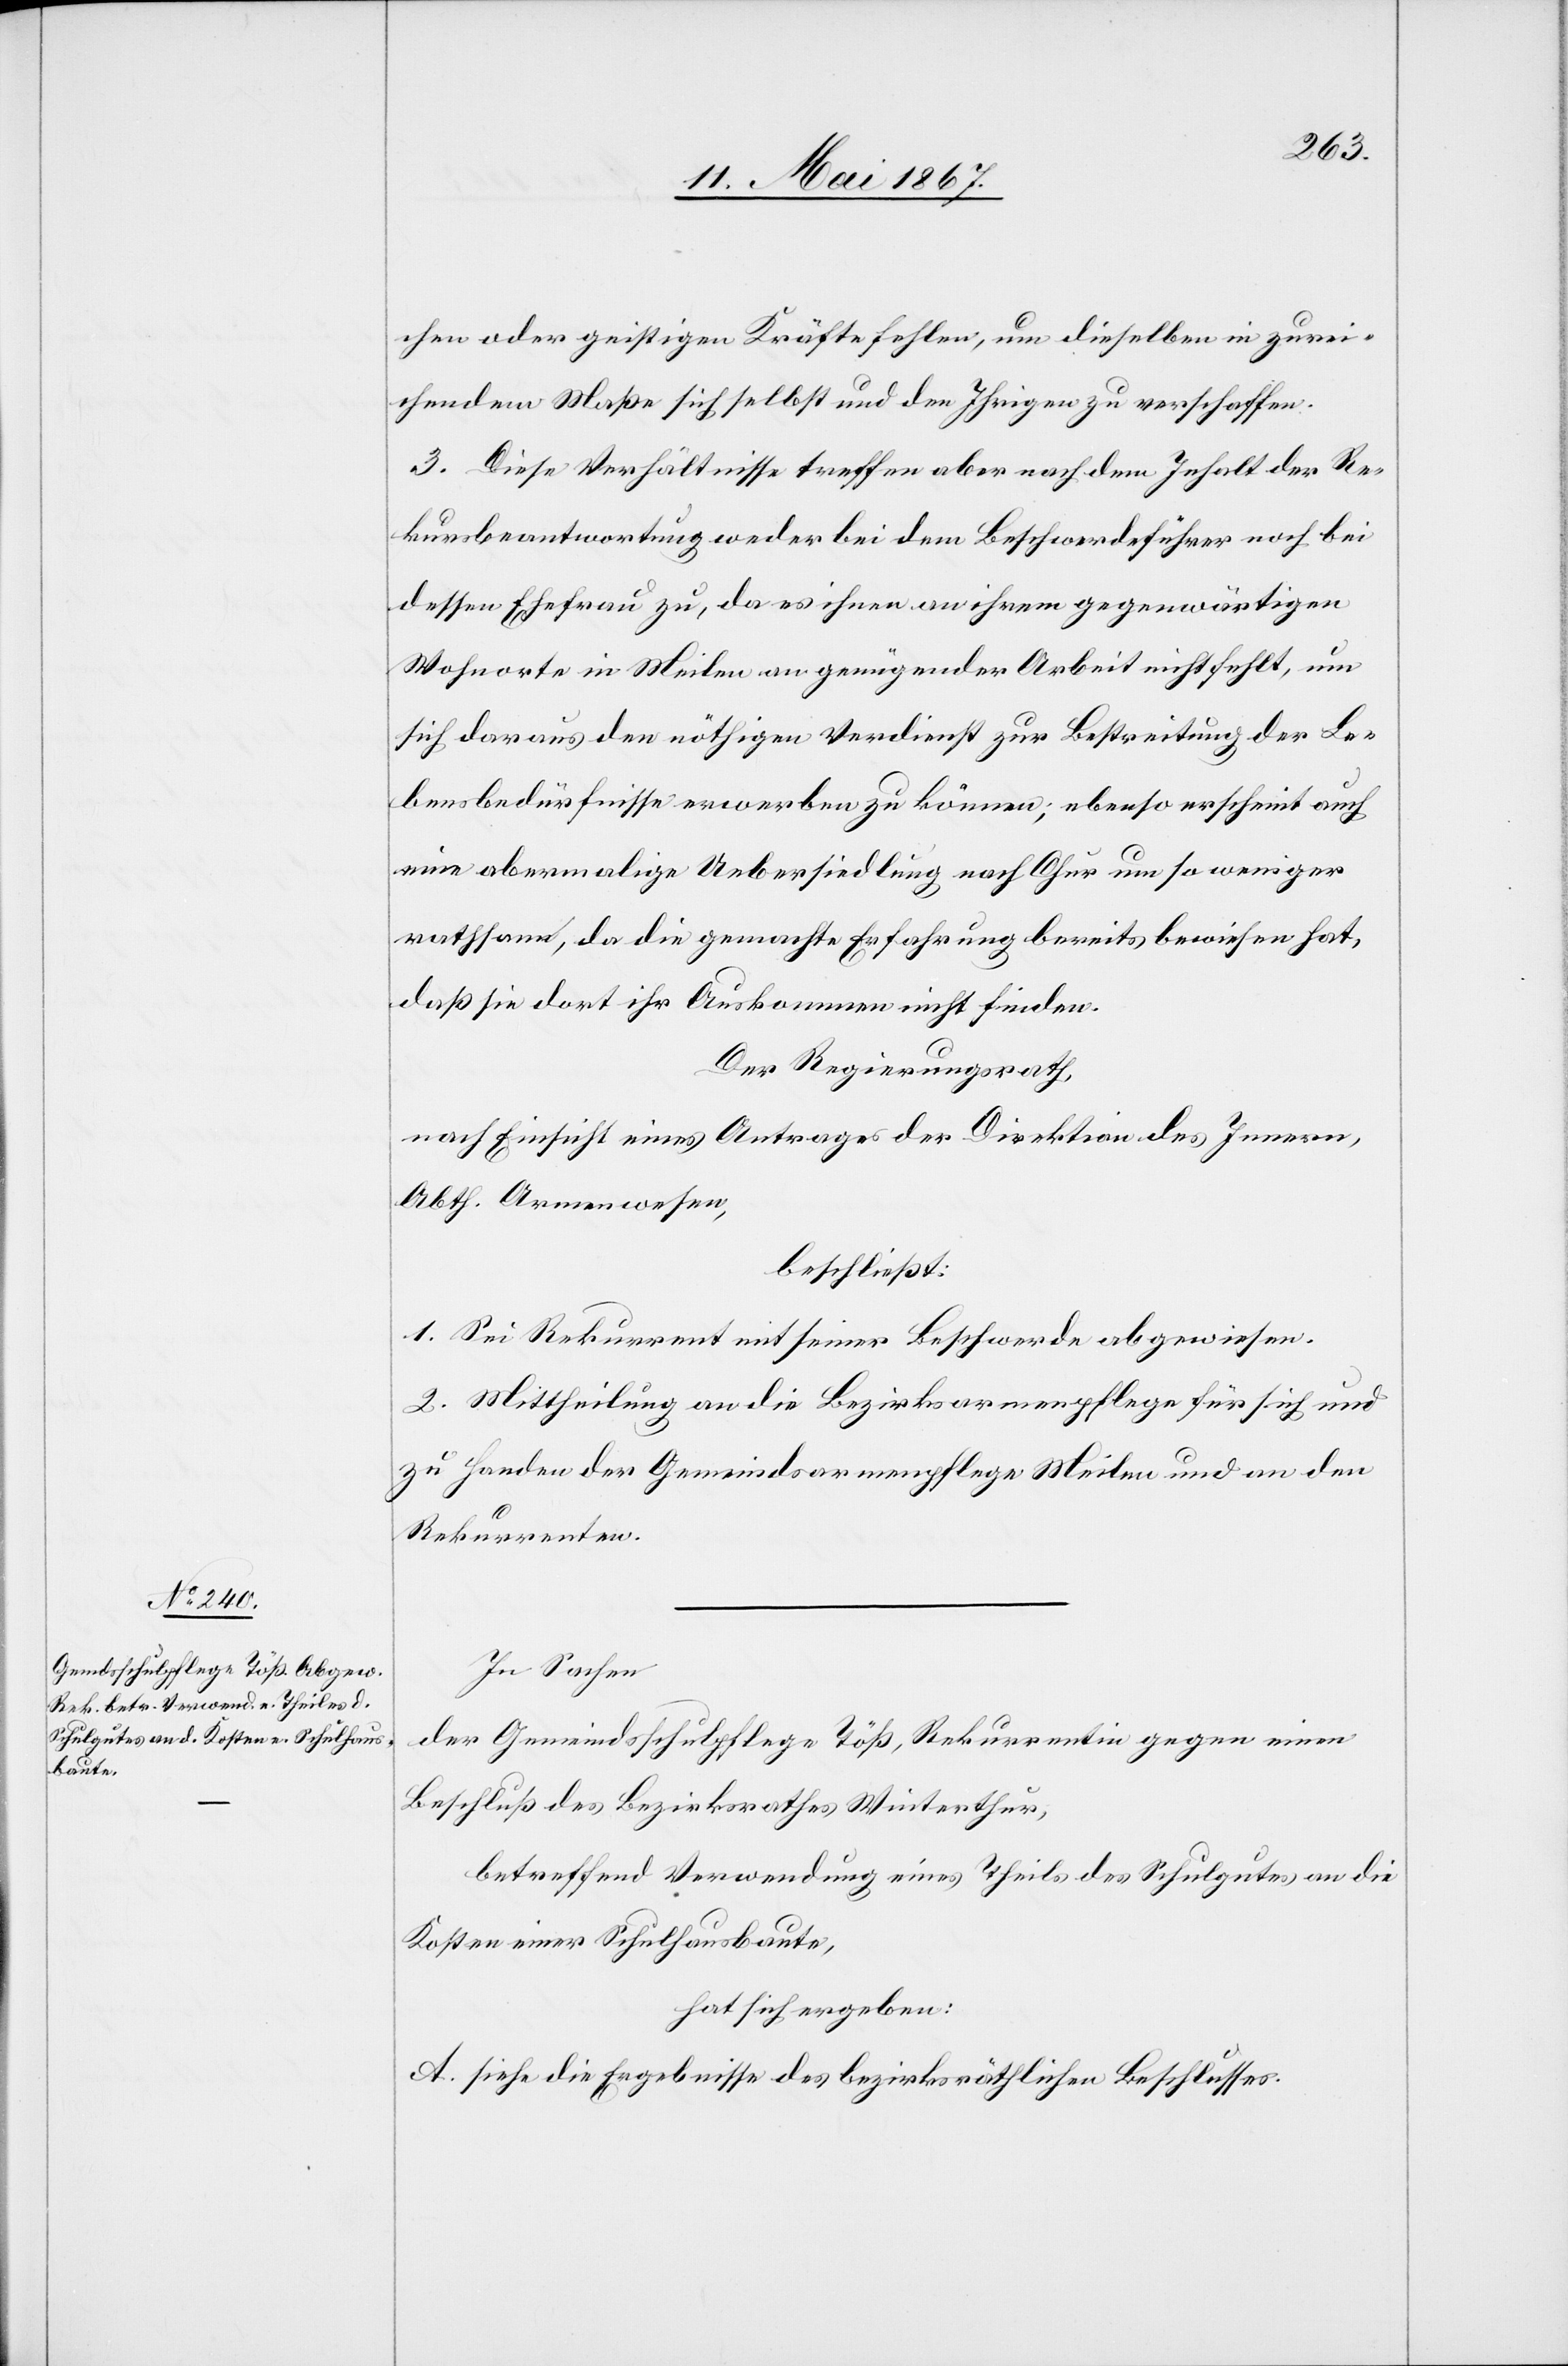
chen oder geistigen Kräfte fehlen, um dieselben in zurei¬
chendem Maße sich selbst und den Ihrigen zu verschaffen.
3. Diese Verhältnisse treffen aber nach dem Inhalt der Re¬
kursbeantwortung weder bei dem Beschwerdeführer noch bei
dessen Ehefrau zu, da es ihnen an ihrem gegenwärtigen
Wohnorte in Meilen an genügender Arbeit nicht fehlt, um
sich daraus den nöthigen Verdienst zur Bestreitung der Le¬
bensbedürfnisse erwerben zu können; ebenso erscheint auch
eine abermalige Uebersiedlung nach Chur um so weniger
rathsam, da die gemachte Erfahrung bereits bewiesen hat,
daß sie dort ihr Auskommen nicht finden.
Der Regierungsrath,
nach Einsicht eines Antrages der Direktion des Innern,
Abth. Armenwesen,
beschließt:
1. Sei Rekurrent mit seiner Beschwerde abgewiesen.
2. Mittheilung an die Bezirksarmenpflege für sich und
zu Handen der Gemeindsarmenpflege Meilen und an den
Rekurrenten.
In Sachen
der Gemeindsschulpflege Töß, Rekurrentin gegen einen
Beschluß des Bezirksrathes Winterthur,
betreffend Verwendung eines Theils des Schulgutes an die
Kosten einer Schulhausbaute,
hat sich ergeben:
A. Siehe die Ergebnisse des bezirksräthlichen Beschlusses.